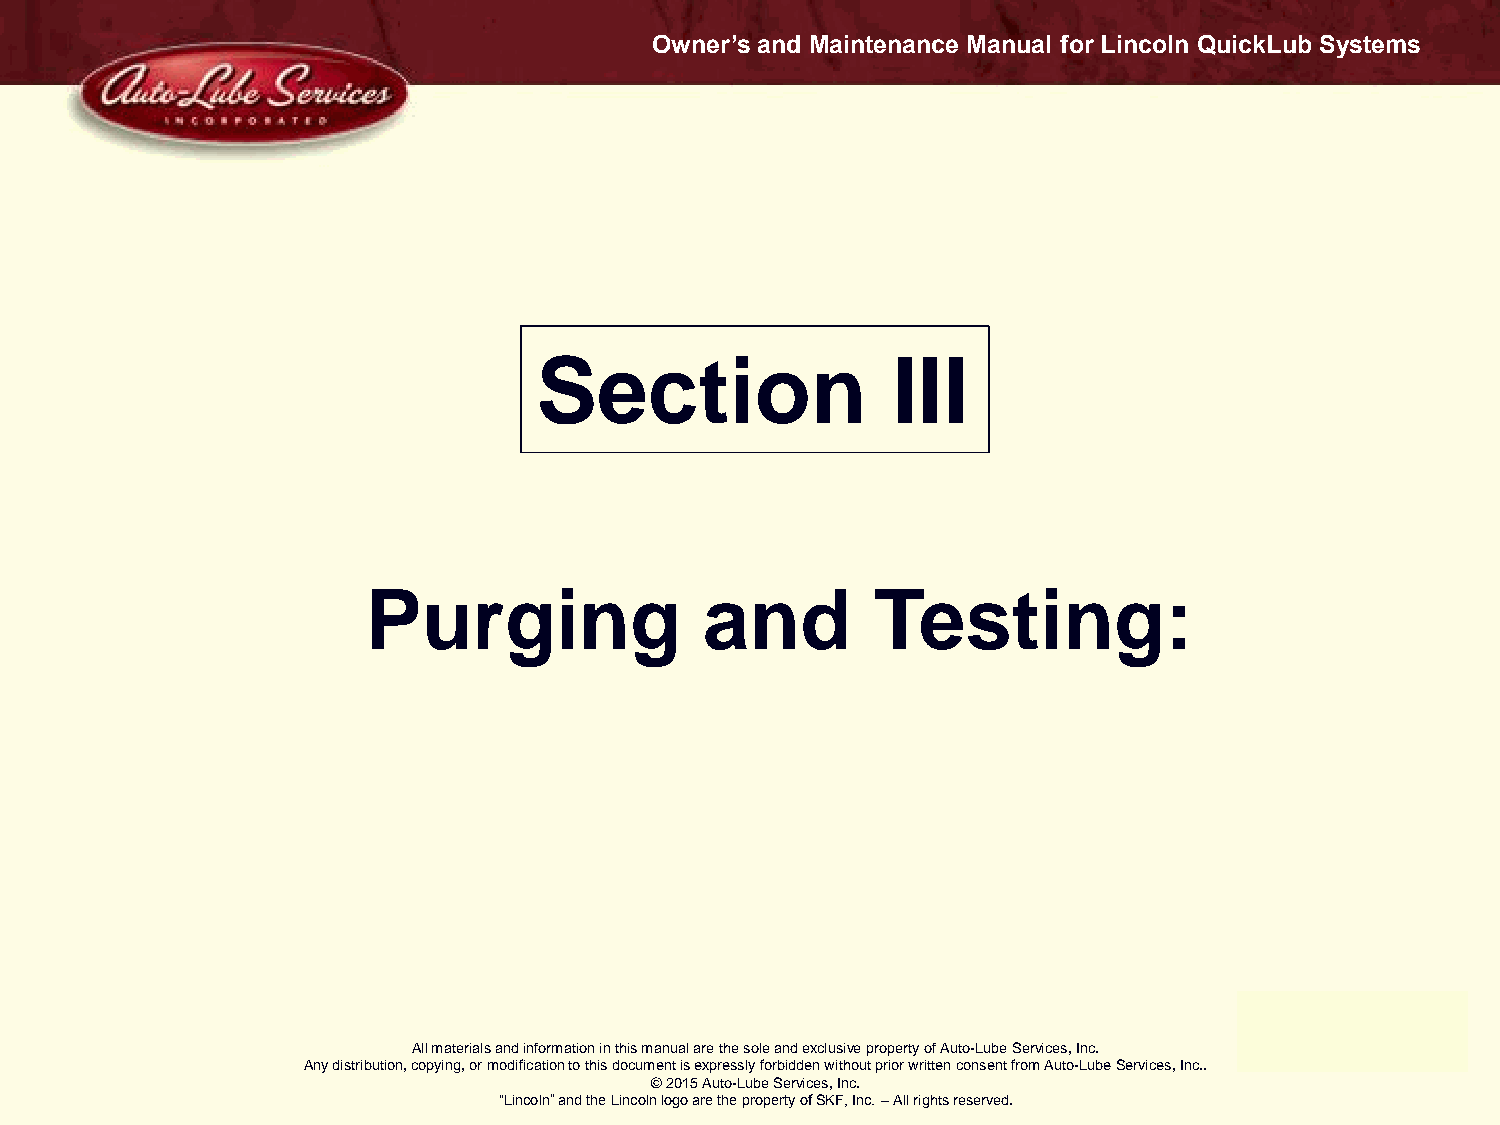
Owner’s and Maintenance Manual for Lincoln QuickLub Systems
 Section                 III
 Purging                and        Testing:
 All materials and information in this manual are the sole and exclusive property of Auto-Lube Services, Inc.
 Any distribution, copying, or modification to this document is expressly forbidden without prior written consent from Auto-Lube Services, Inc..
 © 2015 Auto-Lube Services, Inc.
 “Lincoln” and the Lincoln logo are the property of SKF, Inc. – All rights reserved.